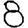
Digit: 8